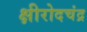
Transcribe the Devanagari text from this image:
क्षीरोदचंद्र